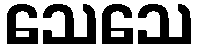
သေသေ